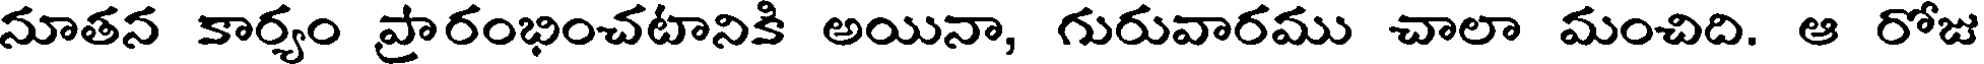
నూతన కార్యం ప్రారంభించటానికి అయినా, గురువారము చాలా మంచిది. ఆ రోజు